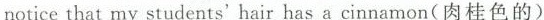
noticethat my students' hair has a cinnamon(肉桂色的)